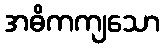
အဓိကကျသော